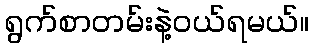
ရွက်စာတမ်းနဲ့ဝယ်ရမယ်။